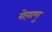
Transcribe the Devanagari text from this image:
रोग़ाणु